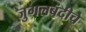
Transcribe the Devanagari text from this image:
जुगलबंदीचे